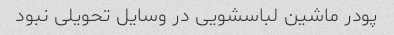
پودر ماشین لباسشویی در وسایل تحویلی نبود